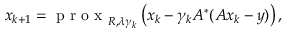
x _ { k + 1 } = \mathrm { ~ p ~ r ~ o ~ x ~ } _ { R , \lambda \gamma _ { k } } \left( x _ { k } - \gamma _ { k } A ^ { * } ( A x _ { k } - y ) \right) ,